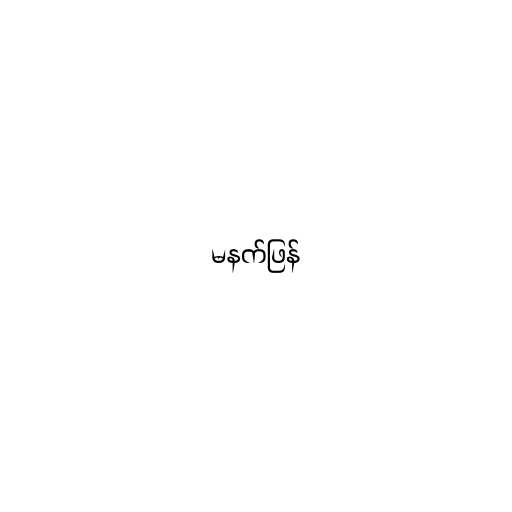
မနက်ဖြန်